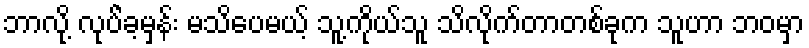
ဘာလို့ လုပ်ဲခ့မှန်း မသိပေမယ့် သူ့ကိုယ်သူ သိလိုက်တာတစ်ခုက သူဟာ ဘဝမှာ